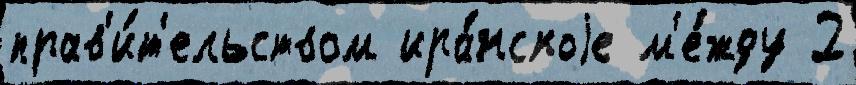
прав'и́т'ельством ира́нскоjе м'е́жду 2